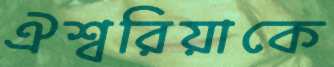
ঐশ্বরিয়াকে